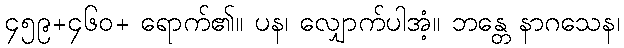
၄၅၉+၄၆၀+ ရောက်၏။ ပန၊ လျှောက်ပါအံ့။ ဘန္တေ နာဂသေန၊